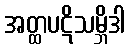
အတ္ထပဋိသမ္ဘိဒါ